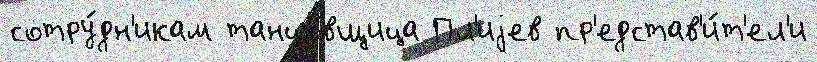
сотру́дн'икам танцо́вщица Пл'иjев пр'едстав'и́т'ел'и